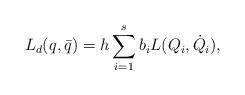
LaTeX: \begin{align*}L_d(q,\bar q) = h\sum_{i=1}^{s} b_i L(Q_i,\dot Q_i),\end{align*}